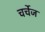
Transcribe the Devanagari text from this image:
चर्चेज